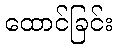
ထောင်ခြင်း